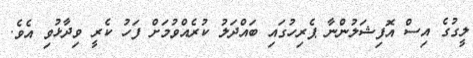
ލީގުގެ އިސް އޮފިޝަލުންނާ ޕެރިހުގައި ބައްދަލު ކުރެއްވުމަށް ފަހު ކެރީ ވިދާޅުވި އެވެ.